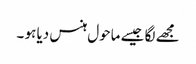
مجھے لگا جیسے ماحول ہنس دیا ہو ۔